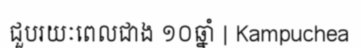
ជួបរយៈពេលជាង ១០ឆ្នាំ | Kampuchea